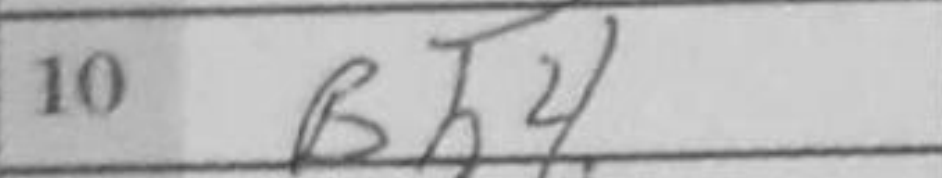
Transcription: Bh4